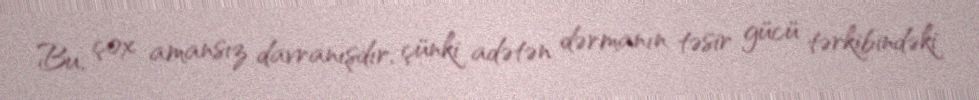
Bu, çox amansız davranışdır, çünki adətən dərmanın təsir gücü tərkibindəki